Vaccination in Bombay 1874-1876 - 1874-1876
Year: 1874
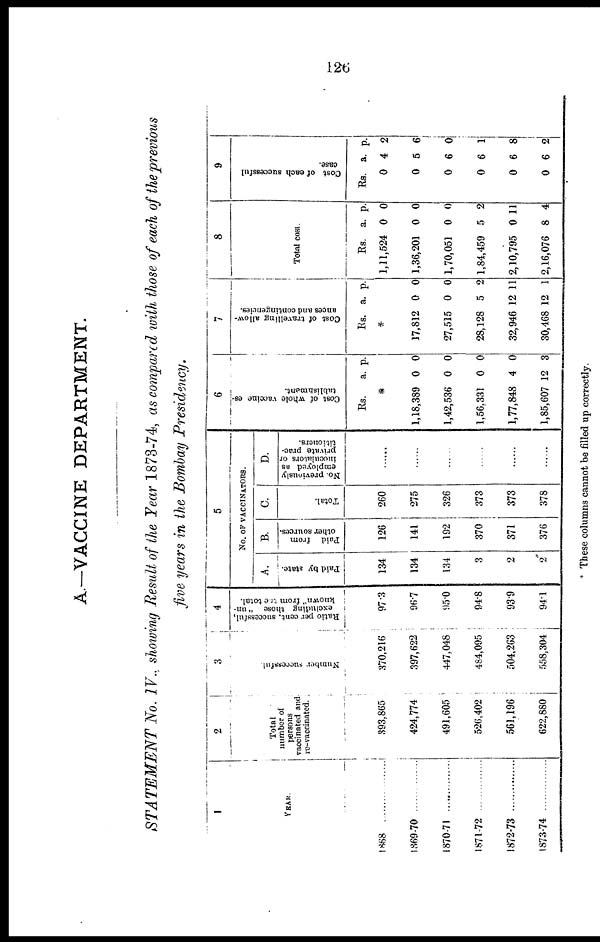
126
A.—VACCINE DEPARTMENT.
STATEMENT No. IV., showing Result of the Year 1873-74, as compared with those of each of the previous
five years in the Bombay Presidency.
1
YEAR.
1868
1869-70
1870-71 ............
1871-72
1872-73
1873-74
2
Total
number of
persons
vaccinated and
re-vaccinated.
393,865
424,774
491,605
526,402
561,196
622,880
3
Number successful.
370,216
397,622
447,048
484,095
504,263
558,304
4
Ratio per cent. successful,
excluding those "un-
known" from the total.
97.3
96.7
95.0
94.8
93.9
94.1
5
No. OF VACCINATORS.
A.
Paid by state.
134
134
134
3
2
2
B.
Paid from
other sources.
126
141
192
370
371
376
C.
Total.
260
275
326
373
373
378
D.
No. previously
employed as
inoculators or
private prac-
titioners.
......
......
......
......
......
......
6
Cost of whole vaccine es-
tablishment.
Rs.
a. p.
*
1,18,389
1,42,536
1,56,331
1,77,848
1,85,607
0
0
0
4
12
0
0
0
0
3
7
Cost of travelling allow-
ances and contingencies.
Rs. a. p.
*
17,812
27,515
28,128
32,946
30,468
0
0
5
12
12
0
0
2
11
1
8
Total cost.
Rs.
1,11,524
1,36,201
1,70,051
1,84,459
2,10,795
2,16,076
a.
0
0
0
5
0
8
p.
0
0
0
2
11
4
9
Cost of each successful
case.
Rs.
0
0
0
0
0
0
a.
4
5
6
6
6
6
p.
2
6
0
1
8
2
* These columns cannot be filled up correctly.